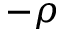
- \rho